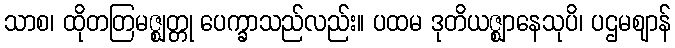
သာစ၊ ထိုတတြမဇ္ဈတ္တု ပေက္ခာသည်လည်း။ ပထမ ဒုတိယဇ္ဈာနေသုပိ၊ ပဌမဈာန်